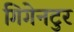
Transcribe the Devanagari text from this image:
गिगेनटुर